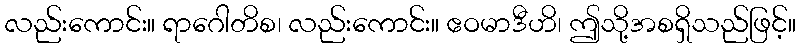
လည်းကောင်း။ ရာဂေါတိစ၊ လည်းကောင်း။ ဧဝမာဒီဟိ၊ ဤသို့အစရှိသည်ဖြင့်။